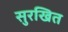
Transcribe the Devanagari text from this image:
सुरखित